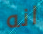
انه